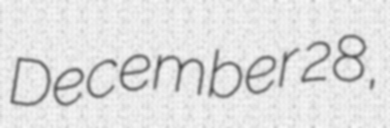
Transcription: December 28,